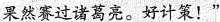
果然赛过诸葛亮。好计策！